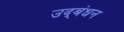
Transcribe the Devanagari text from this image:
उद्‍बंधन